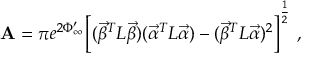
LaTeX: { \bf A } = \pi e ^ { 2 \Phi _ { \infty } ^ { \prime } } \bigg [ ( { \vec { \beta } } ^ { T } L { \vec { \beta } } ) ( { \vec { \alpha } } ^ { T } L { \vec { \alpha } } ) - ( { \vec { \beta } } ^ { T } L { \vec { \alpha } } ) ^ { 2 } \bigg ] ^ { \frac { 1 } { 2 } } \ ,